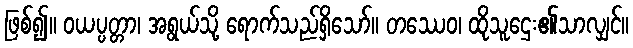
ဖြစ်၍။ ဝယပ္ပတ္တာ၊ အရွယ်သို့ ရောက်သည်ရှိသော်။ တဿေဝ၊ ထိုသူဌေး၏သာလျှင်။